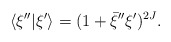
\begin{align*}\langle \xi^{\prime\prime}\vert \xi^\prime\rangle=(1+\bar\xi^{\prime\prime}\xi^\prime)^{2J}.\end{align*}